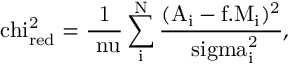
\mathrm { \ c h i _ { r e d } ^ { 2 } = \frac { 1 } { \ n u } \sum _ { i } ^ { N } \frac { ( A _ { i } - f . M _ { i } ) ^ { 2 } } { \ s i g m a _ { i } ^ { 2 } } } ,